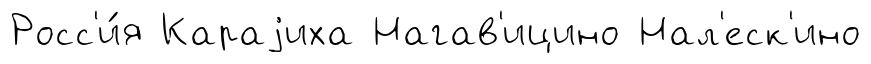
Росс'и́я Караjиха Нагав'ицино Нал'еск'ино